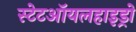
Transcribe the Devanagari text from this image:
स्टेटऑयलहाइड्रो